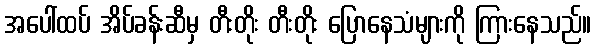
အပေါ်ထပ် အိပ်ခန်းဆီမှ တီးတိုး တီးတိုး ပြောနေသံများကို ကြားနေသည်။